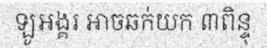
ឡូអង្គរ អាចឆក់យក ៣ពិន្ទុ